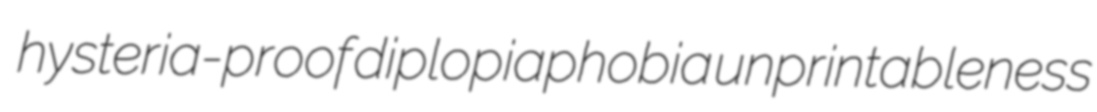
hysteria-proof diplopiaphobia unprintableness